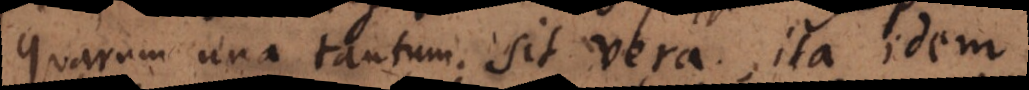
quarum una tantum sit vera, ita idem